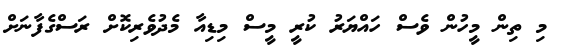
މި ތިން މީހުން ވެސް ހައްޔަރު ކުރީ މީސް މިޑިއާ މެދުވެރިކޮށް ރަސްގެފާނަށް